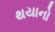
થયાનો